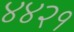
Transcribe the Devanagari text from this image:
४४२१